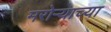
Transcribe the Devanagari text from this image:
मरोऱ्याच्या